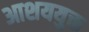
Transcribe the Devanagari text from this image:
आशययुक्त